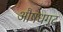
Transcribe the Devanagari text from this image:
औषधगट